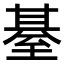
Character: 𦥄